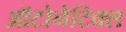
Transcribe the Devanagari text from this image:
ऑटोनेटिक्स